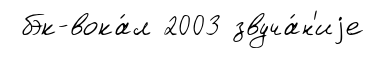
бэк-вока́л 2003 звуча́н'иjе